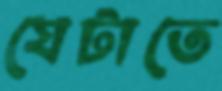
যেটাতে